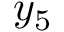
y _ { 5 }